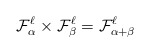
\begin{align*} \mathcal F_{\alpha}^\ell \times \mathcal F_{\beta}^\ell = \mathcal F_{\alpha+ \beta}^\ell \end{align*}